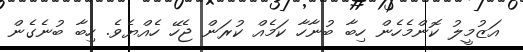
އަޒުމީލު ކޮންމެހެން ހިބާ ބުނާހާ ކަމެއް ކުރަން ޖެހޭ ހެއްޔެވެ. ހިބާ ބުނެގެން